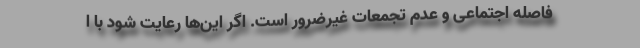
فاصله اجتماعی و عدم تجمعات غیرضرور است. اگر این‌ها رعایت شود با ا